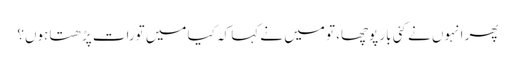
پھر انہوں نے کئی بار پوچھا، تو میں نے کہا کہ کیا میں تورات پڑھتا ہوں؟